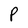
Character: P